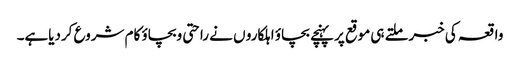
واقعہ کی خبرملتے ہی موقع پرپہنچے بچاؤ اہلکارو ں نے راحتی وبچاؤ کام شروع کردیاہے۔